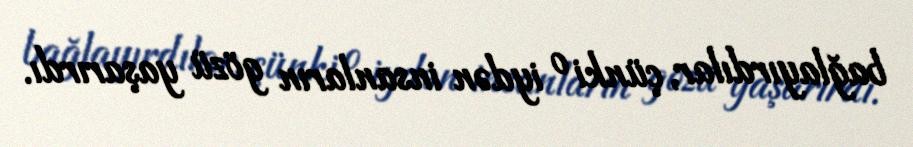
bağlayırdılar, çünki o iydən insanların gözü yaşarırdı.